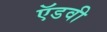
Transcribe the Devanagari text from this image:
ऍडवी